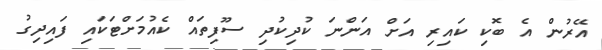
އޭރުން އެ ބޮކި ކައިރި އަށް އަންނަ ކުދިކުދި ސޫފިތައް ކެއުމަށްޓަކައި ފައިދިގު